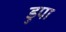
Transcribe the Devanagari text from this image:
डुपा